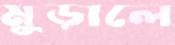
মুড়ালে